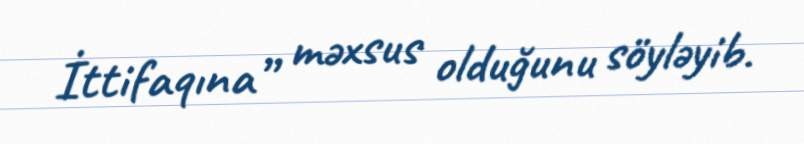
İttifaqına” məxsus olduğunu söyləyib.